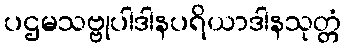
ပဌမသဗ္ဗုပါဒါနပရိယာဒါနသုတ္တံ